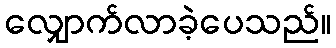
လျှောက်လာခဲ့ပေသည်။